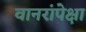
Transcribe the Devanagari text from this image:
वानरांपेक्षा